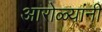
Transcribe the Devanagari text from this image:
आरोळ्यांनी